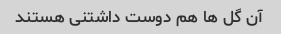
آن گل ها هم دوست داشتنی هستند